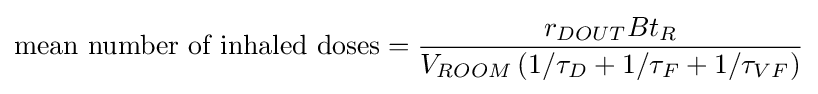
{\mbox{mean number of inhaled doses}}={\frac {r_{DOUT}Bt_{R}}{V_{ROOM}\left(1/\tau _{D}+1/\tau _{F}+1/\tau _{VF}\right)}}